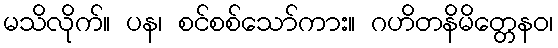
မသိလိုက်။ ပန၊ စင်စစ်သော်ကား။ ဂဟိတနိမိတ္တေနဝ၊